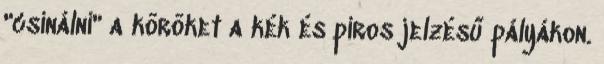
"csinálni" a köröket a kék és piros jelzésű pályákon.